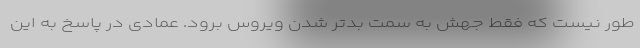
طور نیست که فقط جهش به سمت بدتر شدن ویروس برود. عمادی در پاسخ به این